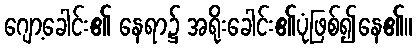
ဂျော့ခေါင်း၏ နေရာ၌ အရိုးခေါင်း၏ပုံဖြစ်၍နေ၏။